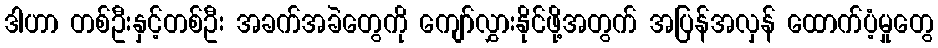
ဒါဟာ တစ်ဦးနှင့်တစ်ဦး အခက်အခဲတွေကို ကျော်လွှားနိုင်ဖို့အတွက် အပြန်အလှန် ထောက်ပံ့မှုတွေ